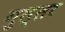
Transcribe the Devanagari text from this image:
गुल्लर